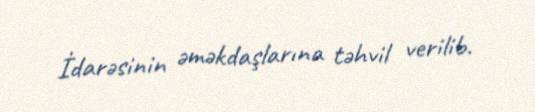
İdarəsinin əməkdaşlarına təhvil verilib.